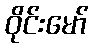
ဝိုင်းမော်